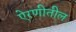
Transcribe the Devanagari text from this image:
ऐरणीतील